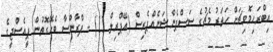
އިބްރަހިމޮވިޗަށް ހަތަރު މެޗުގެ ސަސްޕެންޝަނެއްޕެރިސް (އޭޕްރިލް 11) - ފްރާންސާ ބެހޭގޮތުން ޕީއެސްޖީގެ